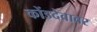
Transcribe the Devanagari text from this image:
कोंडदेवावर